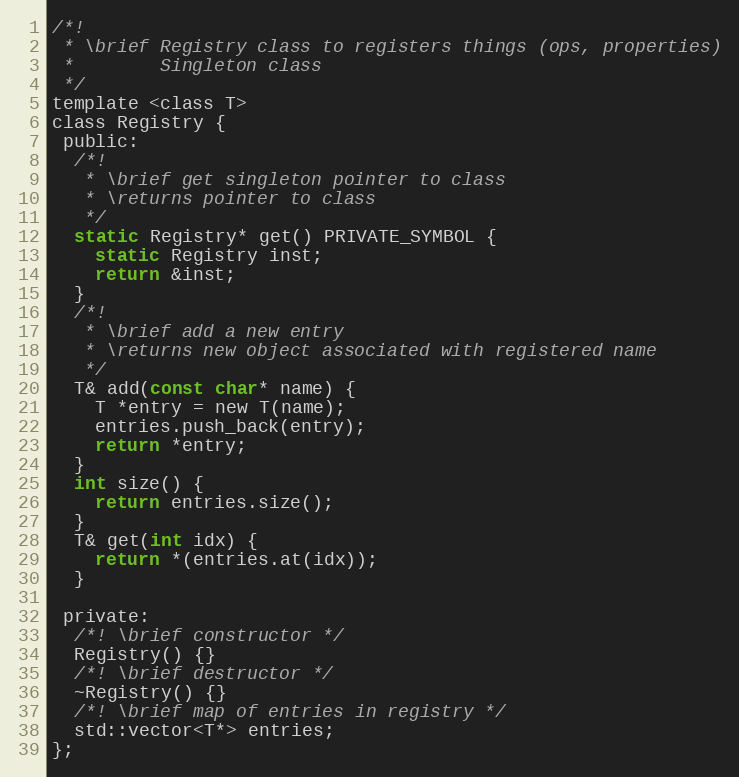
Language: C
/*!
 * \brief Registry class to registers things (ops, properties)
 *        Singleton class
 */
template <class T>
class Registry {
 public:
  /*!
   * \brief get singleton pointer to class
   * \returns pointer to class
   */
  static Registry* get() PRIVATE_SYMBOL {
    static Registry inst;
    return &inst;
  }
  /*!
   * \brief add a new entry
   * \returns new object associated with registered name
   */
  T& add(const char* name) {
    T *entry = new T(name);
    entries.push_back(entry);
    return *entry;
  }
  int size() {
    return entries.size();
  }
  T& get(int idx) {
    return *(entries.at(idx));
  }

 private:
  /*! \brief constructor */
  Registry() {}
  /*! \brief destructor */
  ~Registry() {}
  /*! \brief map of entries in registry */
  std::vector<T*> entries;
};